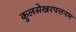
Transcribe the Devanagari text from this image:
कुलसेखरपत्तनम